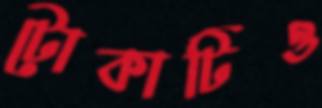
টোকাটিও